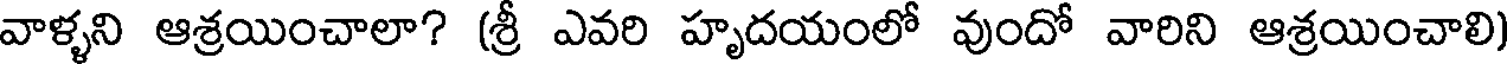
వాళ్ళని ఆశ్రయించాలా? (శ్రీ ఎవరి హృదయంలో వుందో వారిని ఆశ్రయించాలి)